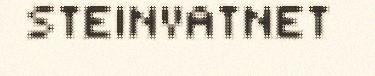
STEINVATNET